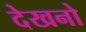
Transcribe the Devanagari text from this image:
देखनो